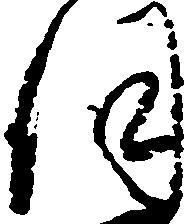
伺